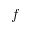
f